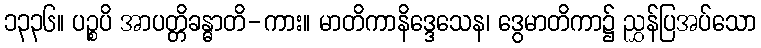
၁၃၃၆။ ပဉ္စပိ အာပတ္တိခန္ဓာတိ-ကား။ မာတိကာနိဒ္ဒေသေန၊ ဒွေမာတိကာ၌ ညွှန်ပြအပ်သော